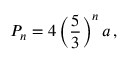
P _ { n } = 4 \left( { \frac { 5 } { 3 } } \right) ^ { n } a \, ,